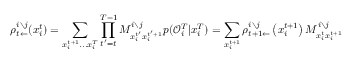
\rho _ { t \leftarrow } ^ { i \setminus j } ( x _ { i } ^ { t } ) = \sum _ { x _ { i } ^ { t + 1 } . . . x _ { i } ^ { T } } \prod _ { t ^ { \prime } = t } ^ { T - 1 } M _ { x _ { i } ^ { t ^ { \prime } } x _ { i } ^ { t ^ { \prime } + 1 } } ^ { i \setminus j } p ( \mathcal { O } _ { i } ^ { T } | x _ { i } ^ { T } ) = \sum _ { x _ { i } ^ { t + 1 } } \rho _ { t + 1 \leftarrow } ^ { i \setminus j } \left( x _ { i } ^ { t + 1 } \right) M _ { x _ { i } ^ { t } x _ { i } ^ { t + 1 } } ^ { i \setminus j }